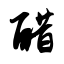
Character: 醋